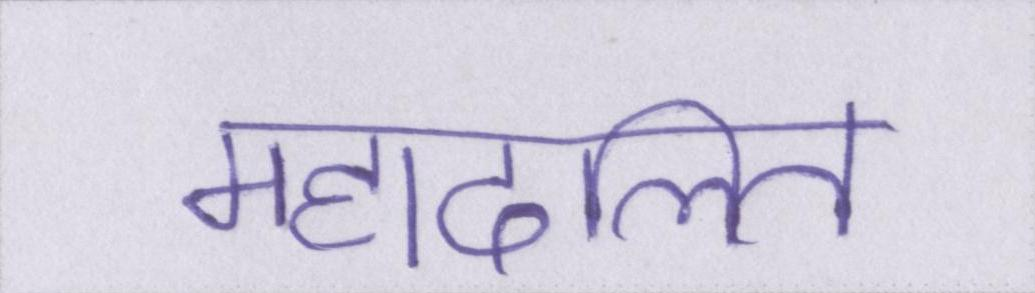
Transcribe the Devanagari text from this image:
महादलित